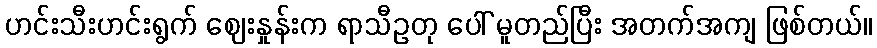
ဟင်းသီးဟင်းရွက် ဈေးနှုန်းက ရာသီဥတု ပေါ် မူတည်ပြီး အတက်အကျ ဖြစ်တယ်။